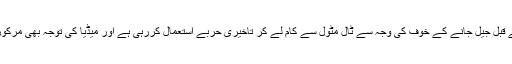
ذرائع نے آن لائن کو بتایا کہ شریف فیملی عید سے قبل جیل جانے کے خوف کی وجہ سے ٹال مٹول سے کام لے کر تاخیری حربے استعمال کررہی ہے اور میڈیا کی توجہ بھی مرکوز کروانے کیلئے اوچھے ہتھکنڈوں پر اتر آئی ہے۔